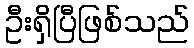
ဦးရှိပြီဖြစ်သည်